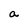
Character: a